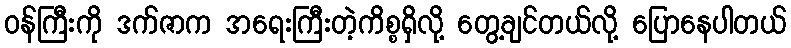
ဝန်ကြီးကို ဒက်ဇာက အရေးကြီးတဲ့ကိစ္စရှိလို့ တွေ့ချင်တယ်လို့ ပြောနေပါတယ်